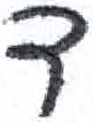
אות: ד